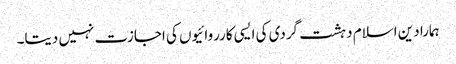
ہمارا دین اسلام دہشت گردی کی ایسی کارروائیوں کی اجازت نہیں دیتا۔